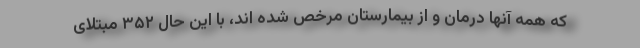
که همه آنها درمان و از بیمارستان مرخص شده اند، با این حال ۳۵۲ مبتلای